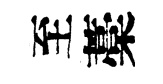
至藁